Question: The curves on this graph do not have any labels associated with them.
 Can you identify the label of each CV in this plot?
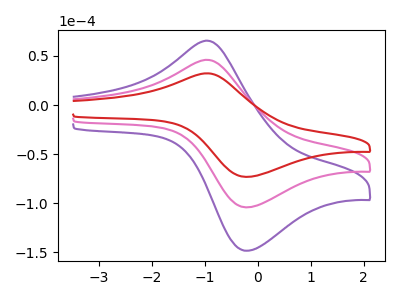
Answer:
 <answer>The purple curve does not have a label. The pink curve does not have a label. The red curve does not have a label.</answer>
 <eval></eval>